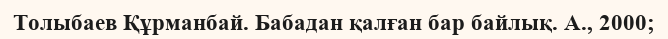
Толыбаев Құрманбай. Бабадан қалған бар байлық. А., 2000;